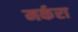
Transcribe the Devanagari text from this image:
मर्करा